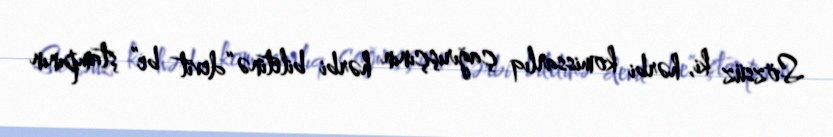
Sözsüz ki, hərbi komissarlıq çağırışçının hərbi biletinə “devit be” ştampının